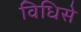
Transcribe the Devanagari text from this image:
विधिसे